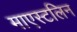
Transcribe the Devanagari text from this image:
माएस्टलिन